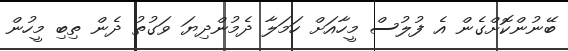
ބޭނުންކޮށްގެން އެ ފުލުސް މީހާއަށް ހަމަލާ ދެމުންދިޔަ ވަގުތު ދެން ތިބި މީހުން